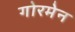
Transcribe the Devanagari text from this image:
गोरमेन